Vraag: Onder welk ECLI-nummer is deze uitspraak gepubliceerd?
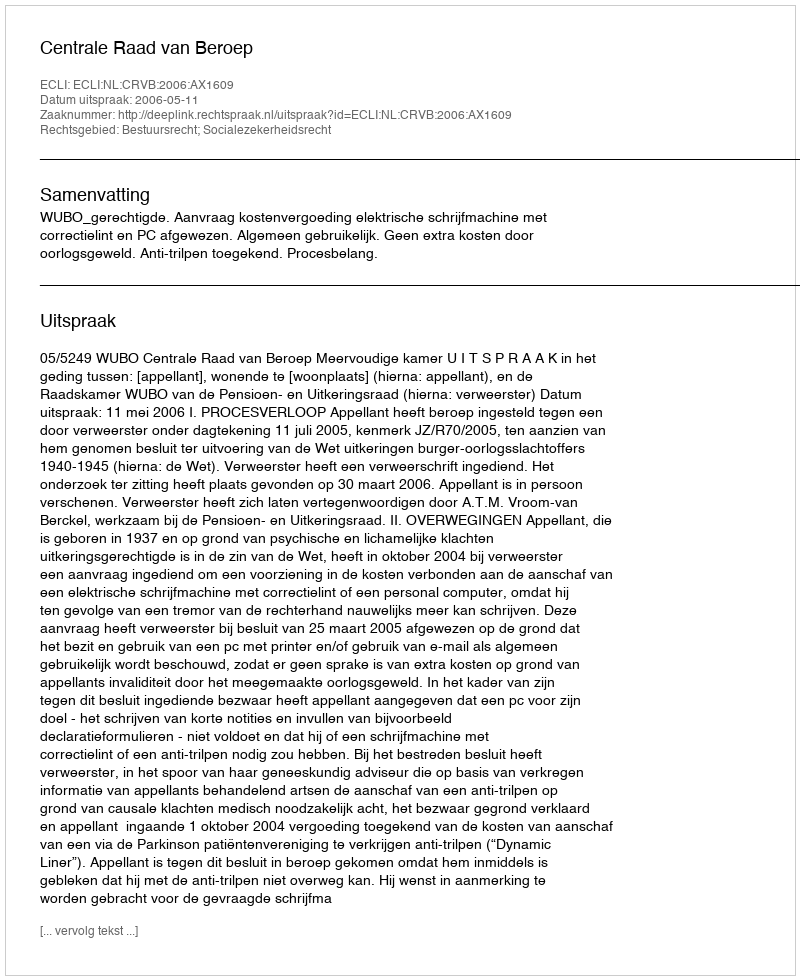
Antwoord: ECLI:NL:CRVB:2006:AX1609